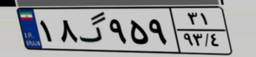
۰۲گ۹۱۹۶۰